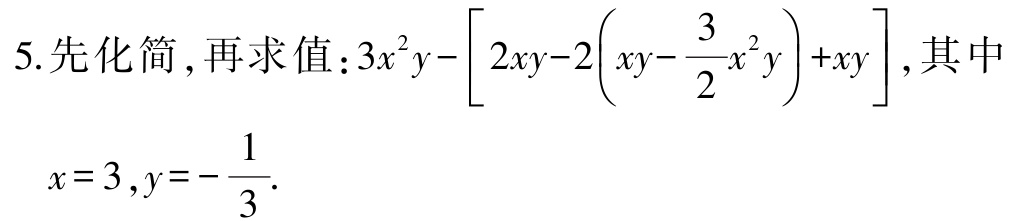
5. 先化简，再求值：\(3x^{2}y-\left[2xy - 2\left(xy-\dfrac{3}{2}x^{2}y\right)+xy\right]\)，其中

\(x = 3,y=-\dfrac{1}{3}\).